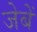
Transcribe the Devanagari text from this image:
जेबें